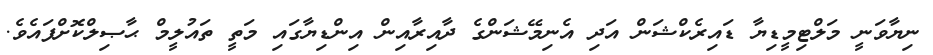
ނިޔާވަނީ މަލްޓިމީޑިޔާ ޑައިރެކްޝަން އަދި އެނިމޭޝަންގެ ދާއިރާއިން އިންޑިޔާގައި މަތީ ތައުލީމް ޙާޞިލްކޮށްފައެވެ.